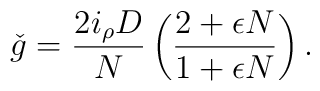
\check{g} = \frac{2 i_{\rho} D}{N} \left( \frac{2 + \epsilon N}   {1 + \epsilon N} \right).